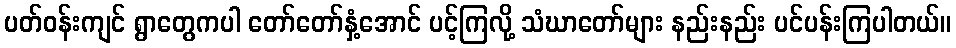
ပတ်ဝန်းကျင် ရွာတွေကပါ တော်တော်နှံ့အောင် ပင့်ကြလို့ သံဃာတော်များ နည်းနည်း ပင်ပန်းကြပါတယ်။